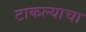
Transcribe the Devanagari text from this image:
टाकल्याचा